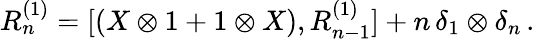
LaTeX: R_{n}^{(1)}=[(X\otimes 1+1\otimes X),R_{n-1}^{(1)}]+n\, \delta_{1}\otimes\delta_{n}\, .